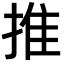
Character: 推